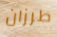
طرزان